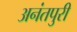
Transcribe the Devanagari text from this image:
अनंतपुरी